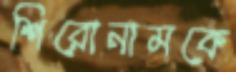
শিরোনামকে